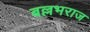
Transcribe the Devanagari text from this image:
बल्लभराज